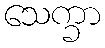
သေက္ခာ